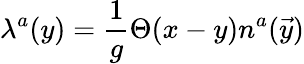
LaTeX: \lambda^{a}(y)={\frac{1}{g}}\Theta(x-y)n^{a}(\vec{y})